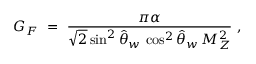
G _ { F } \ = \ \frac { \pi \alpha } { \sqrt { 2 } \sin ^ { 2 } \hat { \theta } _ { w } \, \cos ^ { 2 } \hat { \theta } _ { w } \, M _ { Z } ^ { 2 } } \ ,